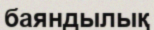
баяндылық